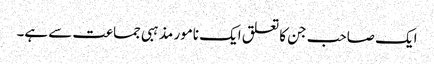
ایک صاحب جن کا تعلق ایک نامور مذہبی جماعت سے ہے۔